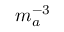
m _ { a } ^ { - 3 }